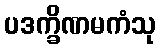
ပဒက္ခိဏမကံသု